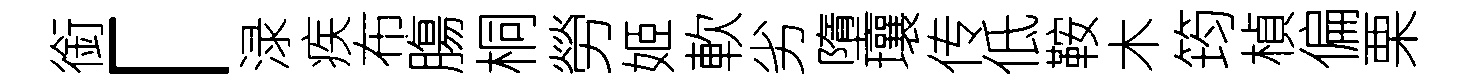
銜「渌疾布膓桐勞姬軟劣墮壤传低鞍木筠楨偏栗